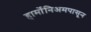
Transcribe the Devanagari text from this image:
हार्मोनिअमपासून